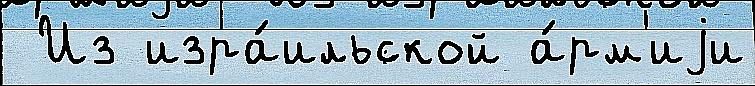
 Из изра́ильской а́рм'иjи